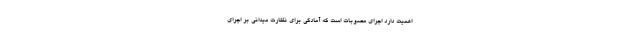
اهمیت دارد اجرای مصوبات است که آمادگی برای نظارت میدانی بر اجرای